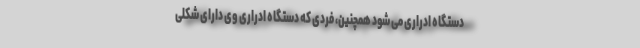
دستگاه ادراری می شود همچنین، فردی که دستگاه ادراری وی دارای شکلی